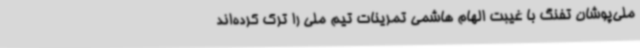
ملی‌پوشان تفنگ با غیبت الهام هاشمی تمرینات تیم ملی را ترک کرده‌اند